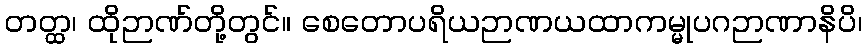
တတ္ထ၊ ထိုဉာဏ်တို့တွင်။ စေတောပရိယဉာဏယထာကမ္မုပဂဉာဏာနိပိ၊